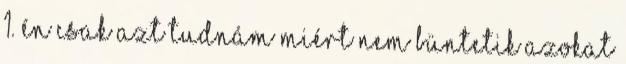
1. Én csak azt tudnám miért nem büntetik azokat